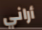
أراني